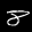
Label: 8